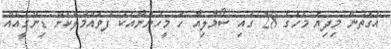
އެގޮތުން މިދިޔަ މަހުގެ 28 ގައި ސޯމާލިއާ ހަ މީހުންނާއެކު ފުވައްމުލަކަށް ޑިންގީއެއް